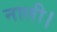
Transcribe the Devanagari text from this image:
नाली।